Tezpur Lunatic Asylum reports 1895-1904 - 1895-1904
Year: 1895
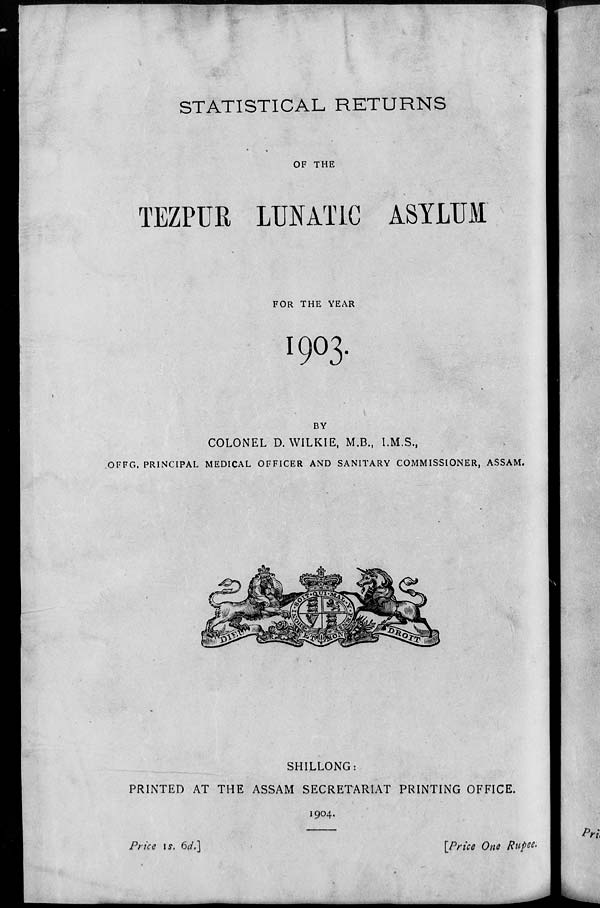
STATISTICAL RETURNS
OF THE
TEZPUR LUNATIC ASYLUM
FOR THE YEAR
1903
BY
COLONEL D. WILKIE, M.B., I.M.S.,
OFFG. PRINCIPAL MEDICAL OFFICER AND SANITARY COMMISSIONER, ASSAM.
SHILLONG: .
PRINTED AT THE ASSAM SECRETARIAT PRINTING OFFICE.
1904.
Price \s. 6d.]
[Price One Rupee